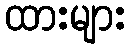
ထားများ